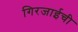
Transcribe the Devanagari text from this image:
गिरजाईची